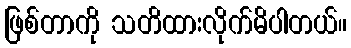
ဖြစ်တာကို သတိထားလိုက်မိပါတယ်။